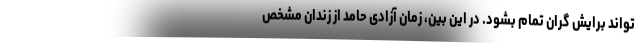
تواند برایش گران تمام بشود. در این بین، زمان آزادی حامد از زندان مشخص